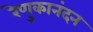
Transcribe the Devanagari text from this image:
रेणुकानंदन